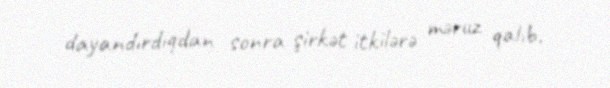
dayandırdıqdan sonra şirkət itkilərə məruz qalıb.